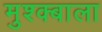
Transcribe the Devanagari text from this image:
मुश्क्बाला